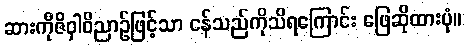
ဆားကိုဇိဝှါဝိညာဉ်ဖြင့်သာ ငန်သည်ကိုသိရကြောင်း ဖြေဆိုထားပုံ။